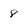
Character: 8